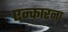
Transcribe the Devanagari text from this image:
एन्कारना